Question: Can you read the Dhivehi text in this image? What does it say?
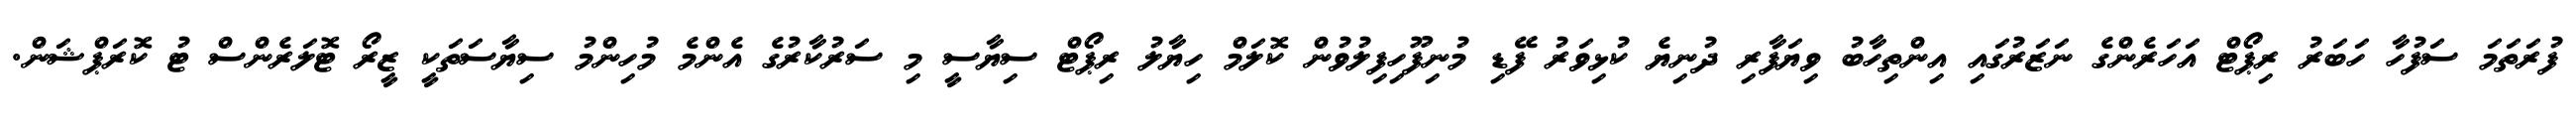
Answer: ފުރަތަމަ ސަފުހާ ހަބަރު ރިޕޯޓް އަހަރެންގެ ނަޒަރުގައި އިންތިހާބު ވިޔަފާރި ދުނިޔެ ކުޅިވަރު ފޭޑި މުނިފޫހިފިލުވުން ކޮލަމް ހިޔާލު ރިޕޯޓް ސިޔާސީ މި ސަރުކާރުގެ އެންމެ މުހިންމު ސިޔާސަތަކީ ޒީރޯ ޓޮލަރެންސް ޓު ކޮރަޕްޝަން.